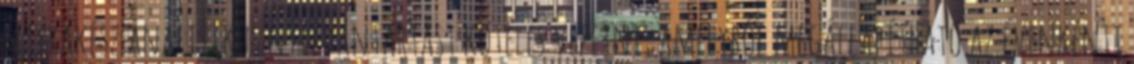
naprakész analitikus nyilvántartást köteles vezetni, amelyből megállapítható az évenkénti